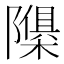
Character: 𮥬